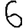
Digit: 6